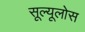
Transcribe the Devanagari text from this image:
सूल्यूलोस